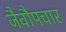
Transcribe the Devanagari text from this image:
जैवौपचार